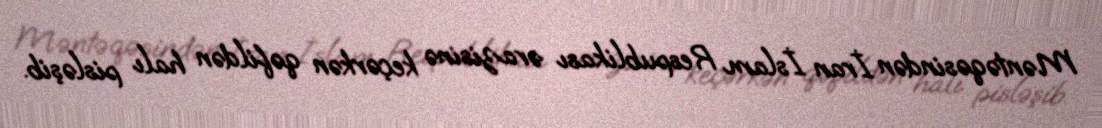
Məntəqəsindən İran İslam Respublikası ərazisinə keçərkən qəfildən halı pisləşib.